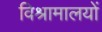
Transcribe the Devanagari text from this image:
विश्रामालयों